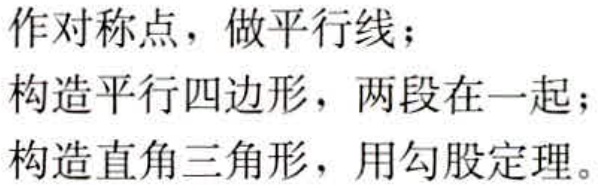
作对称点，做平行线；
构造平行四边形，两段在一起；
构造直角三角形，用勾股定理。